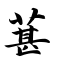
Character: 葚